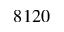
8 1 2 0